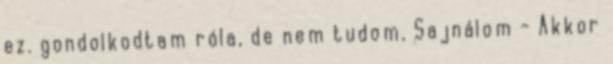
ez. gondolkodtam róla, de nem tudom, Sajnálom - Akkor